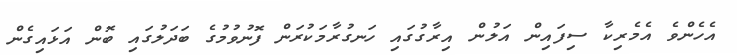
އެހެންވެ އެމެރިކާ ސިފައިން އަލުން އިރާގުގައި ހަނގުރާމަކުރަން ފޮނުވުމުގެ ބަދަލުގައި ބޮން އަޅައިގެން